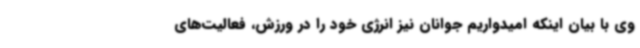
وی با بیان اینکه امیدواریم جوانان نیز انرژی خود را در ورزش، فعالیت‌های